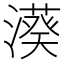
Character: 𣿮